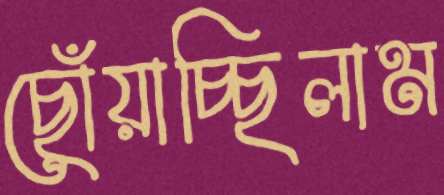
ছোঁয়াচ্ছিলাম